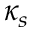
\kappa _ { s }